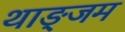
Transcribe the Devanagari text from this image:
थाङ्जम